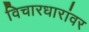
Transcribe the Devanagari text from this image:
विचारधारांवर